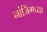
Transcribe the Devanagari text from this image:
नांजिंगच्या